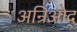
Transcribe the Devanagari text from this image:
अन्रिओद्